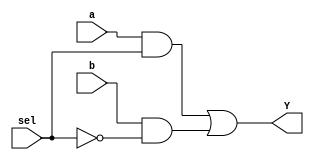
//2:1 Mux using dataflow modeling

module dataflow_mux(input a, b, sel, output Y);
  assign Y = (a & sel) | (b & ~sel);
  endmodule